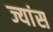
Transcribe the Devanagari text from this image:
ज्यांस